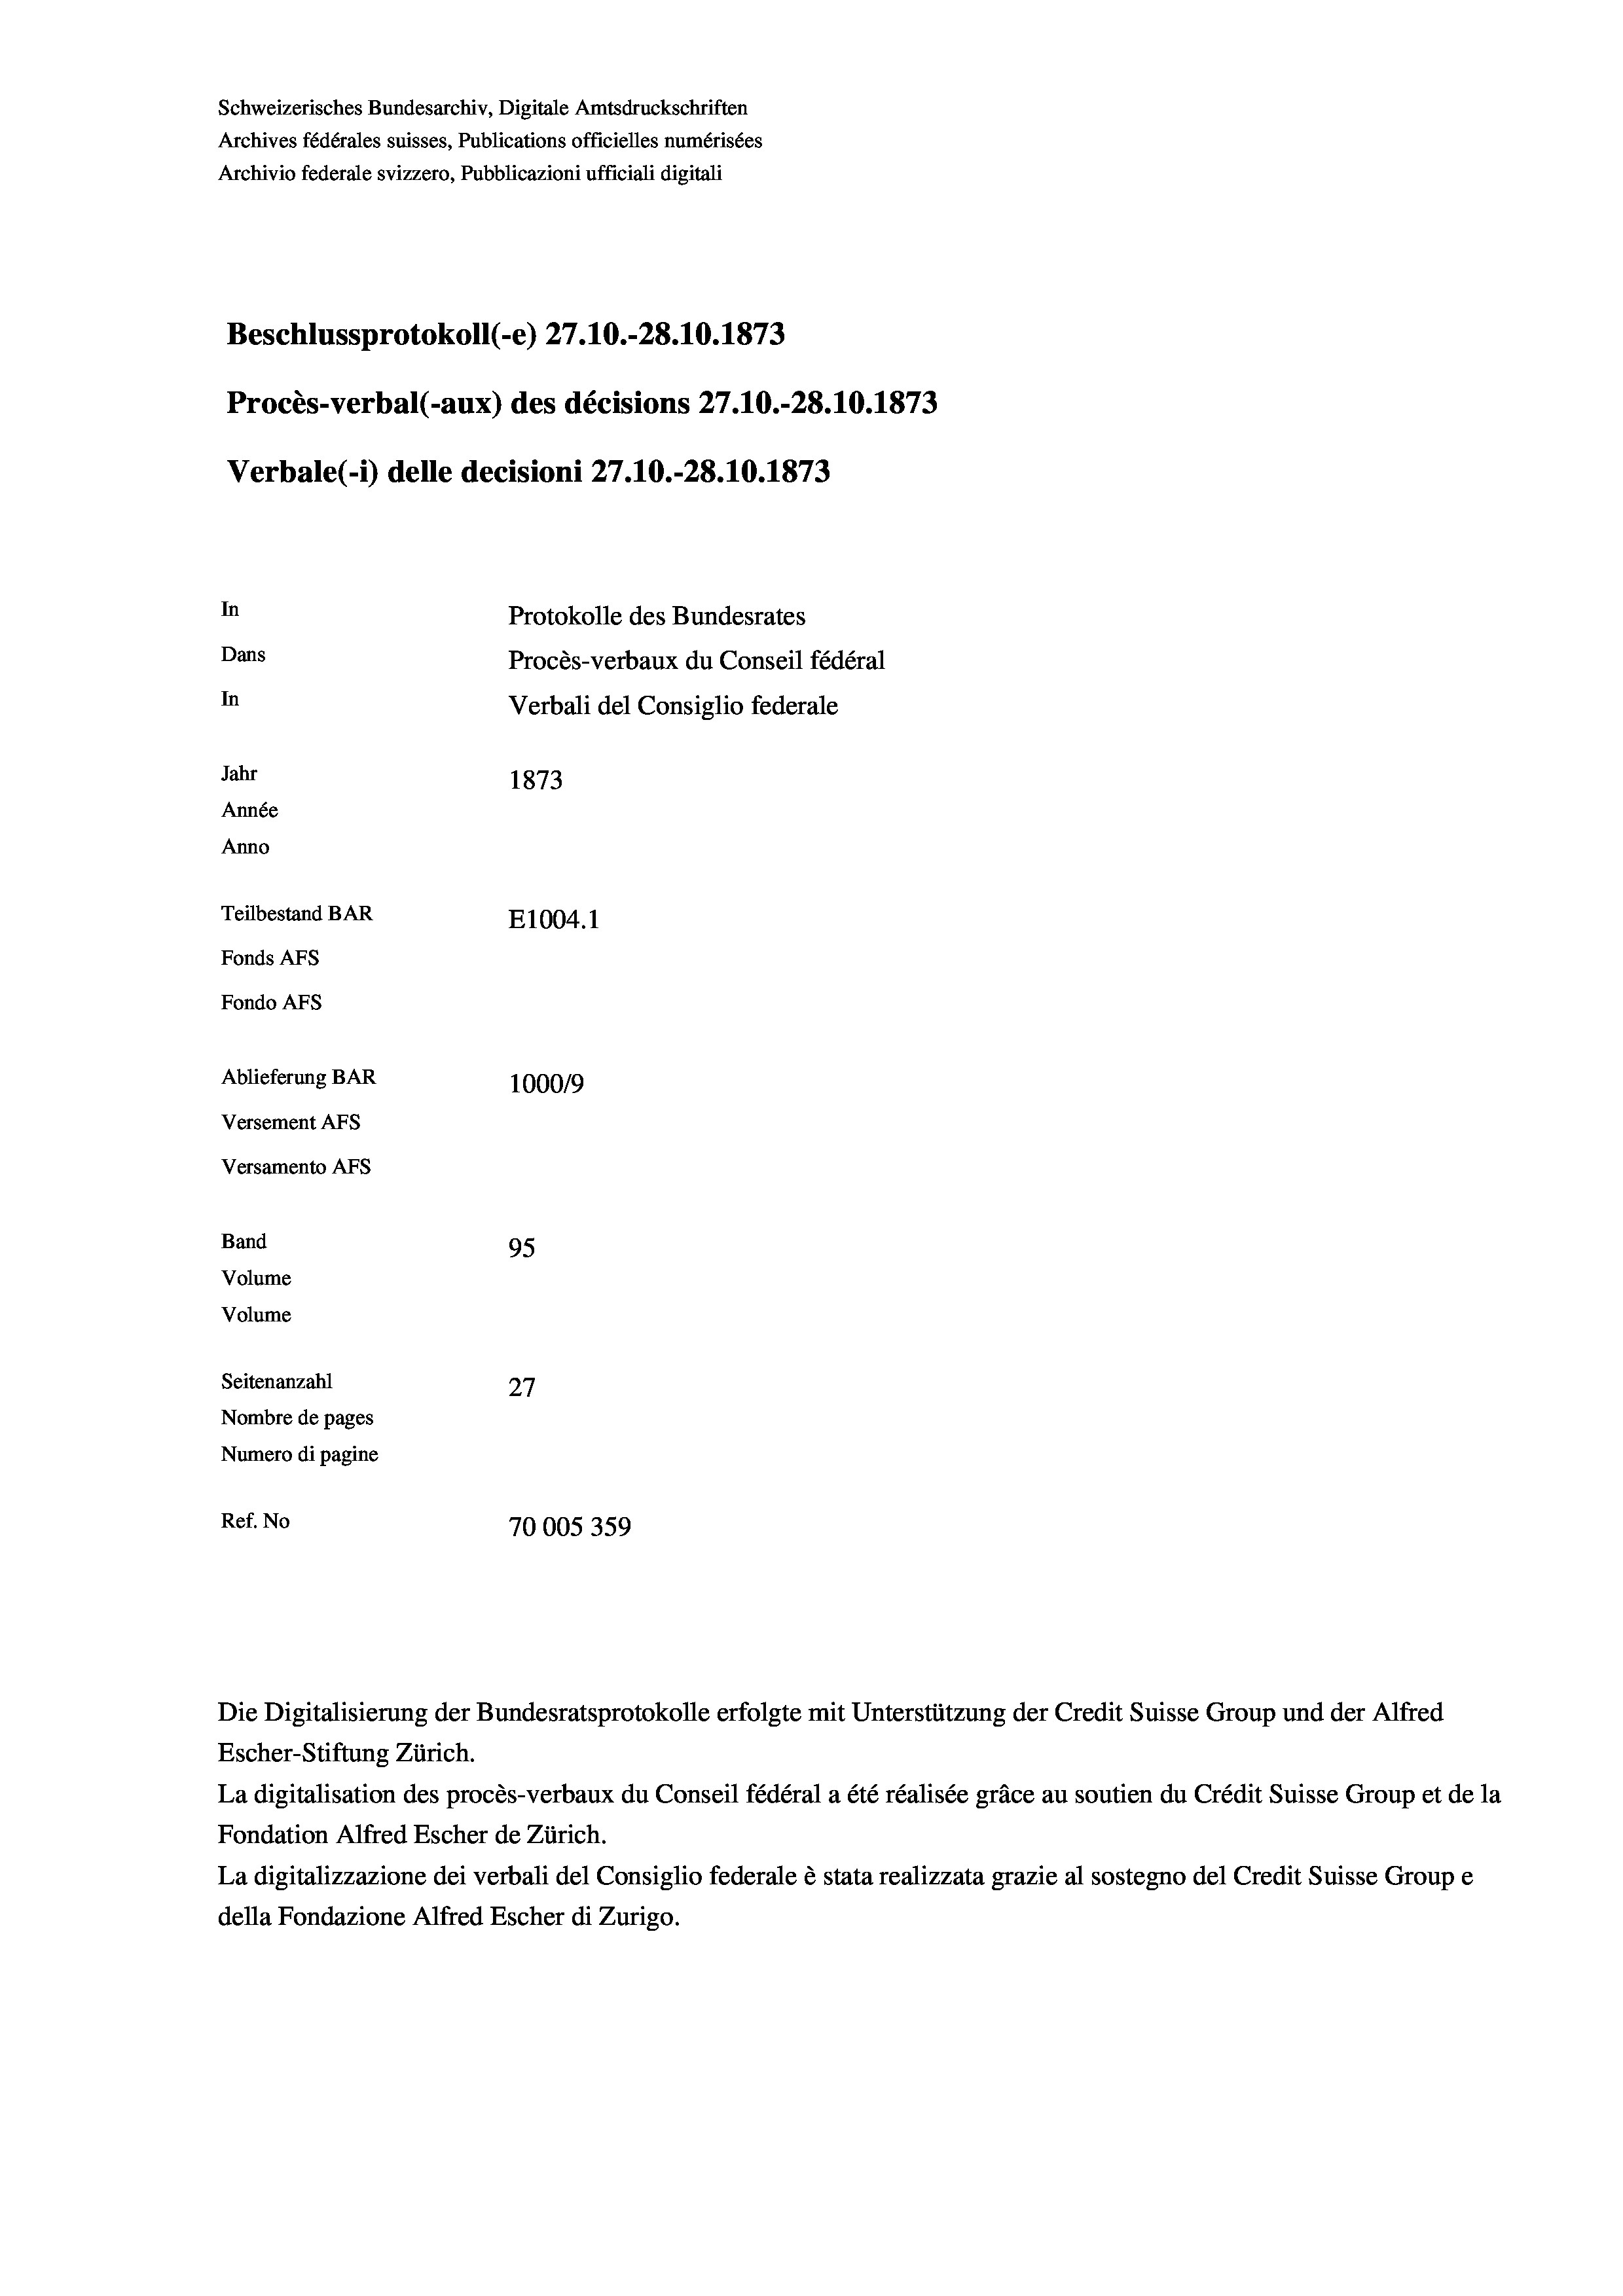
Schweizerisches Bundesarchiv, Digitale Amtsdruckschriften
Archives fédérales suisses, Publications officielles numérisées
Archivio federale svizzero, Pubblicazioni ufficiali digitali
Beschlussprotokoll (-e) 27.10.-28.10.1873
Procès-verbal (-aux) des décisions 27.10.-28.10.1873
Verbale(*) delle decisioni 27.10.-28.10.1873
In
Protokolle des Bundesrates
Dans
Procès-verbaux du Conseil fédéral
In
Verbali del Consiglio federale
Jahr
1873
Année
Anno
Teilbestand BAR
E1004. 1
Fonds AFs
Fondo AFS
Ablieferung BAR
100019
Versement AFs
Versamento AFs

95
Seitenanzahl
27
Nombre de pages
Numero di pagine
Ref. No
70005359

Band
Volume

Volume

Escher-Stiftung Zürich.
La digitalisation des procès-verbaux du Conseil fédéral a été réalisée gräce au soutien du Crédit Suisse Group et de la
Fondation Alfred Escher de Zürich.
La digitalizzazione dei verbali del Consiglio federale è stata realizzata grazie al sostegno del Credit Suisse Groupe
della Fondazione Alfred Escher di Zurigo.

Die Digitalisierung der Bundesratsprotokolle erfolgte mit Unterstützung der Credit Suisse Group und der Alfred